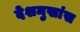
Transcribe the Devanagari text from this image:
देशमुखांस